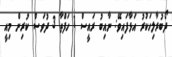
ދޯބުރާލިހަކުރު އަޅާފައިވޭ: ނާއިބު ރައީސް 1 ހަފްތާ 3 ދުވަސް ކުރިން މިއީ